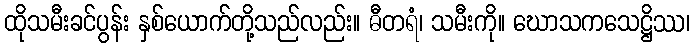
ထိုသမီးခင်ပွန်း နှစ်ယောက်တို့သည်လည်း။ ဓီတရံ၊ သမီးကို။ ဃောသကသေဋ္ဌိဿ၊